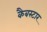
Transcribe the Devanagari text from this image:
कैबस्टार